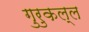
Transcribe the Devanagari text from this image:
गुरुकल्ल